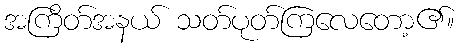
အကြိတ်အနယ် သတ်ပုတ်ကြလေတော့၏။